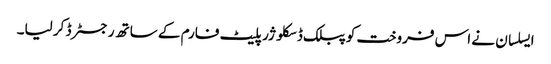
ایسلسان نے اس فروخت کو پبلک ڈسکلوژر پلیٹ فارم کے ساتھ رجسٹرڈ کر لیا۔